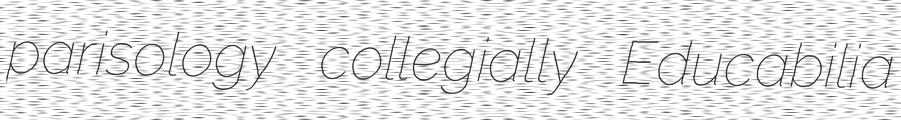
parisology collegially Educabilia